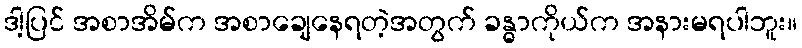
ဒါ့ပြင် အစာအိမ်က အစာချေနေရတဲ့အတွက် ခန္ဓာကိုယ်က အနားမရပါဘူး။